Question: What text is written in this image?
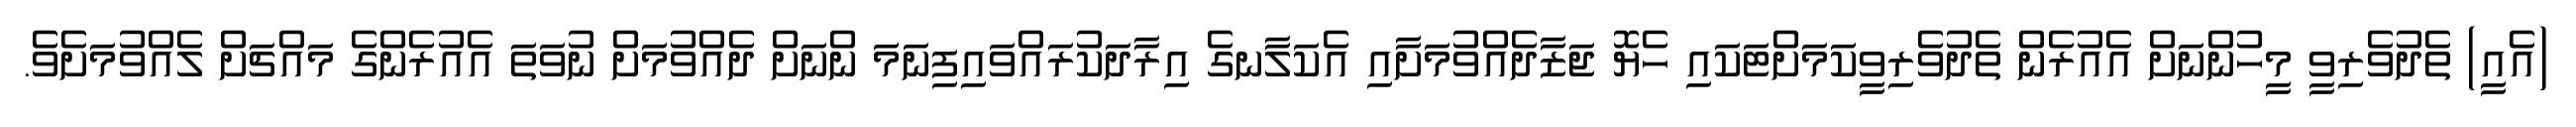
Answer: (އެއީ) ތެދުވެރިވީ މީހުންނަށް އެއުރެން ތެދުވެރިވީކަމަށްޓަކައި ހެޔޮ ޖަޒާދެއްވުމަށާއި އެކަލާނގެ އިރާދަކުރައްވައިފިނަމަ ންނަށް ދެއްވުމަށް ނުވަތަ އެއުރެންގެ މައްޗަށް ލެއްވުމަށެވެ.